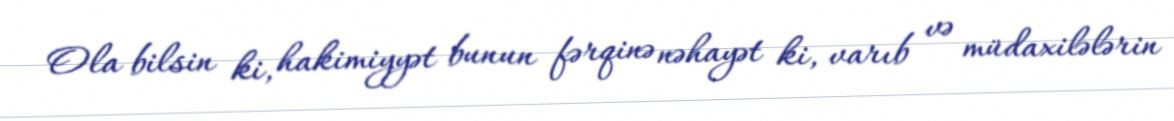
Ola bilsin ki, hakimiyyət bunun fərqinə nəhayət ki, varıb və müdaxilələrin